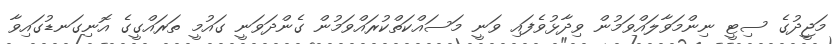
މަޖީދުގެ ސިޓީ ނިންމަވާލައްވަމުން ވިދާޅުވެފައި ވަނީ މަސައްކަތްކުރައްވަމުން ގެންދަވަނީ ގައުމީ ތަރައްގީގެ އޮނިގަނޑުގައިވާ